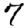
Digit: 7